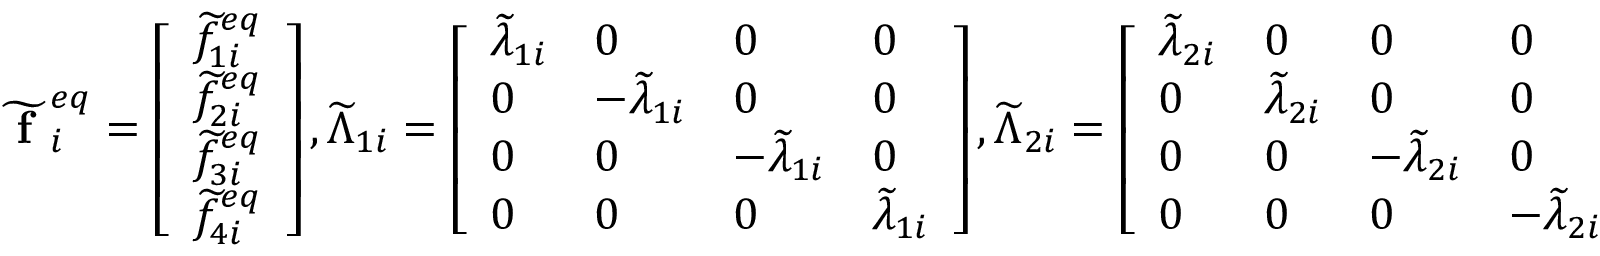
\widetilde { \textbf { f } } _ { i } ^ { e q } = \left[ \begin{array} { l } { \widetilde { f } _ { 1 i } ^ { e q } } \\ { \widetilde { f } _ { 2 i } ^ { e q } } \\ { \widetilde { f } _ { 3 i } ^ { e q } } \\ { \widetilde { f } _ { 4 i } ^ { e q } } \end{array} \right] , \widetilde { \Lambda } _ { 1 i } = \left[ \begin{array} { l l l l } { \widetilde { \lambda } _ { 1 i } } & { 0 } & { 0 } & { 0 } \\ { 0 } & { - \widetilde { \lambda } _ { 1 i } } & { 0 } & { 0 } \\ { 0 } & { 0 } & { - \widetilde { \lambda } _ { 1 i } } & { 0 } \\ { 0 } & { 0 } & { 0 } & { \widetilde { \lambda } _ { 1 i } } \end{array} \right] , \widetilde { \Lambda } _ { 2 i } = \left[ \begin{array} { l l l l } { \widetilde { \lambda } _ { 2 i } } & { 0 } & { 0 } & { 0 } \\ { 0 } & { \widetilde { \lambda } _ { 2 i } } & { 0 } & { 0 } \\ { 0 } & { 0 } & { - \widetilde { \lambda } _ { 2 i } } & { 0 } \\ { 0 } & { 0 } & { 0 } & { - \widetilde { \lambda } _ { 2 i } } \end{array} \right]